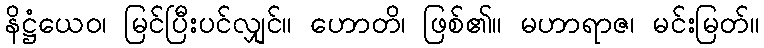
နိဋ္ဌံယေဝ၊ မြင်ပြီးပင်လျှင်။ ဟောတိ၊ ဖြစ်၏။ မဟာရာဇ၊ မင်းမြတ်။